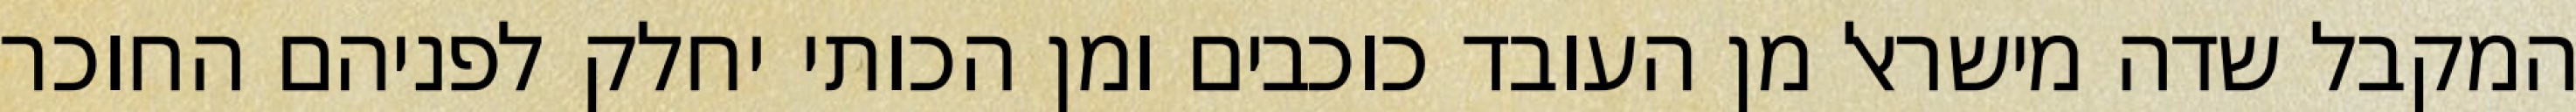
המקבל שדה מישראל מן העובד כוכבים ומן הכותי יחלק לפניהם החוכר